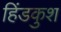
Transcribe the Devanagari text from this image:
हिंडकुश